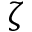
\zeta